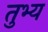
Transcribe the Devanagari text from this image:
तुभ्य